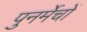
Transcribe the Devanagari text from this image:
पुनर्मेचों